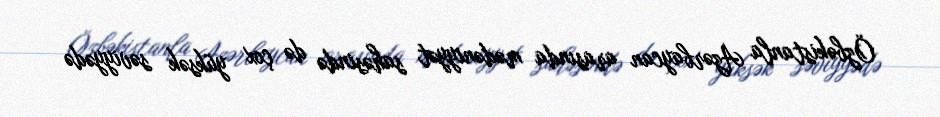
Özbəkistanla Azərbaycan arasında mədəniyyət sahəsində də çox yüksək səviyyədə